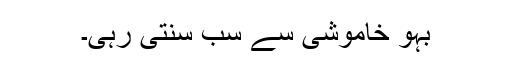
بہو خاموشی سے سب سنتی رہی۔